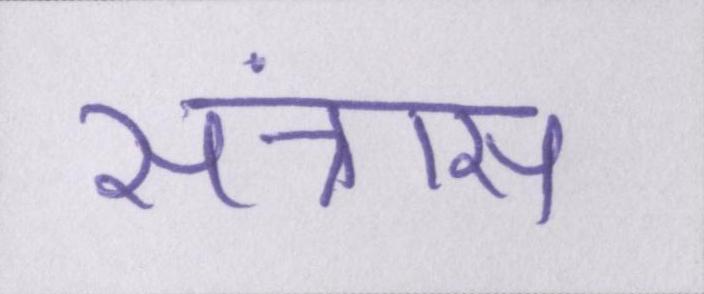
संत्रास